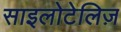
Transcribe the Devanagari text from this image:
साइलोटेलिज़